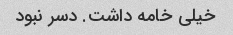
خیلی خامه داشت. دسر نبود